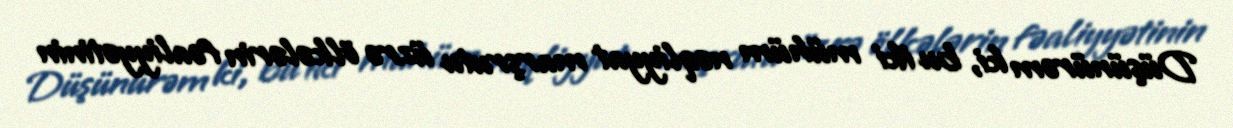
Düşünürəm ki, bu iki mühüm nəqliyyat marşrutu üzrə ölkələrin fəaliyyətinin